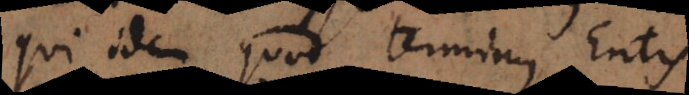
qui idem quod terminus Entis